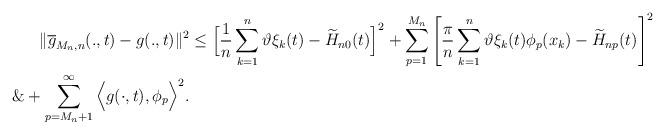
LaTeX: \begin{align*}\|\overline g_{M_n,n}(.,t)- g(.,t)\|^2& \le \Big[ \dfrac{1}{n}\sum_{k=1}^n \vartheta \xi_k(t)- \widetilde {H}_{n0}(t) \Big]^2+\sum_{p=1}^{M_n} \Bigg[ \dfrac{\pi}{n} \sum_{k=1}^n \vartheta \xi_k(t)\phi_p(x_k) - \widetilde {H}_{np}(t) \Bigg]^2\\\&+ \sum_{p=M_n+1}^\infty \Big<g(\cdot,t), \phi_p\Big>^2.\end{align*}